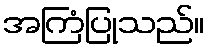
အကြံပြုသည်။